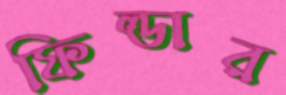
ফিল্ডার